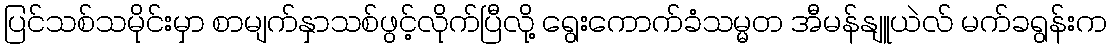
ပြင်သစ်သမိုင်းမှာ စာမျက်နှာသစ်ဖွင့်လိုက်ပြီလို့ ရွေးကောက်ခံသမ္မတ အီမန်နျူယဲလ် မက်ခရွန်းက